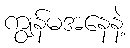
ကျွန်မအနေနဲ့